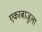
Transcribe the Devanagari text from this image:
एकाबाजुला